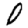
Digit: 0